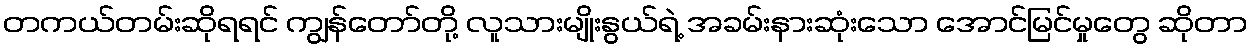
တကယ်တမ်းဆိုရရင် ကျွန်တော်တို့ လူသားမျိုးနွယ်ရဲ့ အခမ်းနားဆုံးသော အောင်မြင်မှုတွေ ဆိုတာ